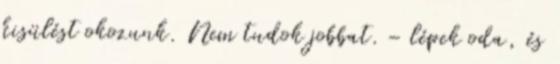
kisülést okozunk. Nem tudok jobbat. – lépek oda, és